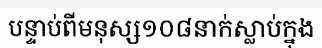
បន្ទាប់ពីមនុស្ស១០៨នាក់ស្លាប់ក្នុង